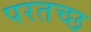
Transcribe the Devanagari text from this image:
परतच्‍छ